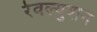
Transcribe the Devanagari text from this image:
रेवल्युशन